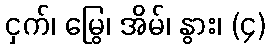
ငှက်၊ မြွေ၊ အိမ်၊ နွား၊ (၄)